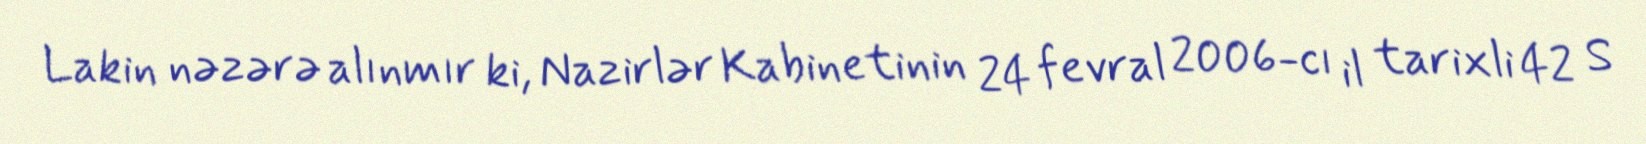
Lakin nəzərə alınmır ki, Nazirlər Kabinetinin 24 fevral 2006-cı il tarixli 42 S